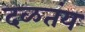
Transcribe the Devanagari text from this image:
दळतंय